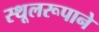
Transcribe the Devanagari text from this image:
स्थूलरूपाने